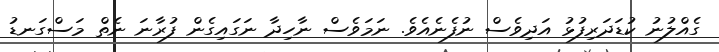
ގެއްލުނު ކުޑަދަރިފުޅު އަދިވެސް ނުފެނެއެވެ. ނަމަވެސް ނާހިދާ ނަގައިގެން ފުރާނަ ނެތް މަސްގަނޑު